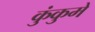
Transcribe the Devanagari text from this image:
कुंकुमे